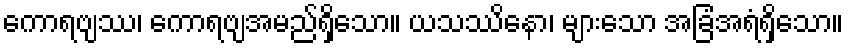
ကောရဗျဿ၊ ကောရဗျအမည်ရှိသော။ ယသဿိနော၊ များသော အခြံအရံရှိသော။